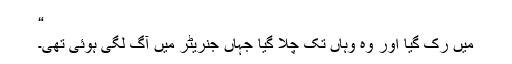
“
میں رک گیا اور وہ وہاں تک چلا گیا جہاں جنریٹر میں آگ لگی ہوئی تھی۔